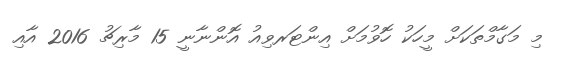
މި މަގާމްތަކަށް މީހަކު ހޮވުމަށް އިންޓަރވިއު އޮންނާނީ 15 މާރިޗު 2016 އާއި